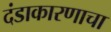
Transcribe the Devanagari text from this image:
दंडाकारणाचा